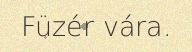
Füzér vára.